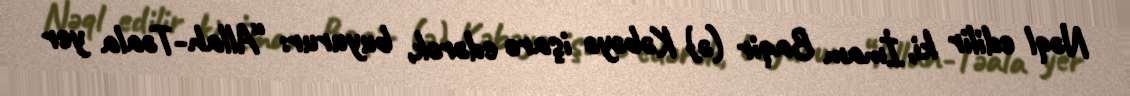
Nəql edilir ki, İmam Baqir (ə) Kəbəyə işarə edərək, buyurur: “Allah-Təala yer